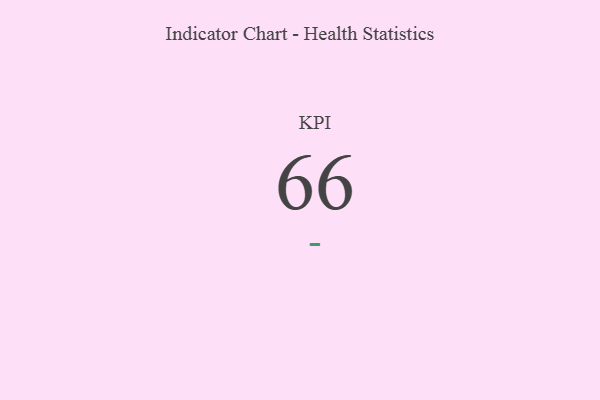
{"axis": {"x": "KPI", "y": "Value"}, "legend": [""], "data": [{"x": "KPI", "y": 66, "type": ""}]}